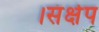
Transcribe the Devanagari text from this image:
।संक्षेप